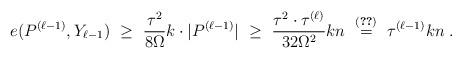
LaTeX: \begin{align*}e(P^{(\ell-1)},Y_{\ell-1})\ \ge\ \frac{\tau^2}{8\Omega} k \cdot |P^{(\ell-1)}|\ \geq \ \frac{\tau^2\cdot \tau^{(\ell)}}{32\Omega^2}kn \ \overset{\eqref{auroraenpekin}}= \ \tau^{(\ell-1)}kn\;.\end{align*}